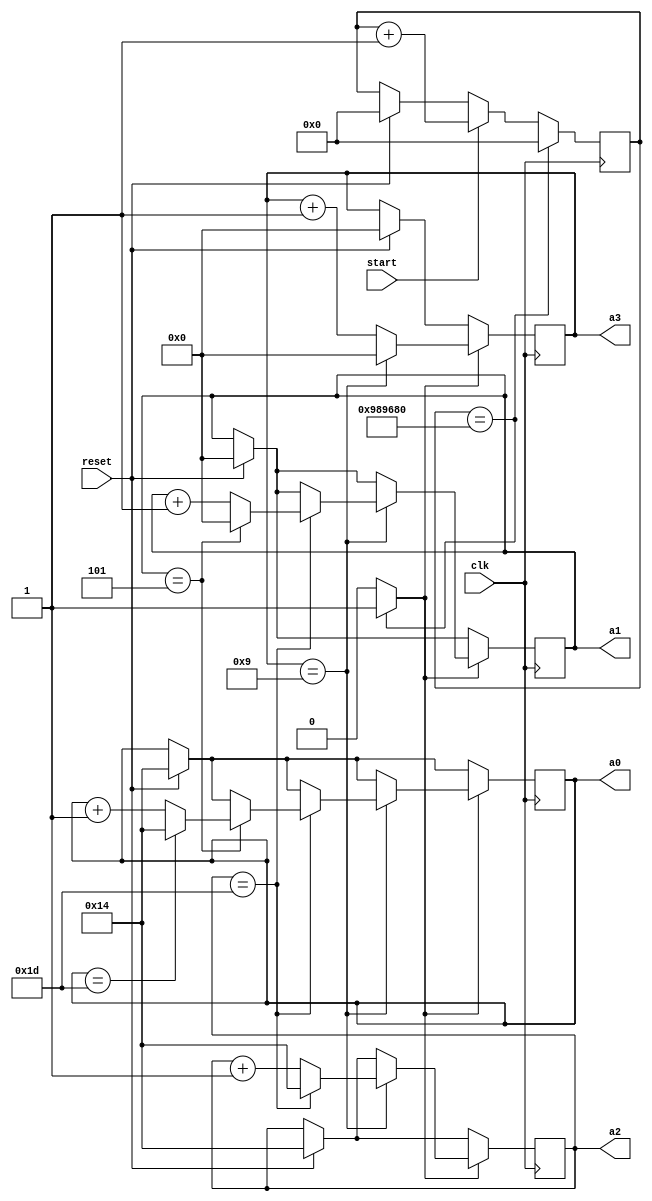
`timescale 1ns / 1ps

/*
    Simple stopwatch on the 7 segment display
    Use switch to start/stop the stopwatch, button to reset stopwatch
*/

module stopwatch(input clk, input start, input reset, output reg [4:0] a0 = 20, output reg [4:0] a1 = 0, output reg [4:0] a2 = 20, output reg [4:0] a3 = 0);
    reg [23:0] count = 0;
    wire tick;
    
    assign tick = (count == 10000000) ? 1 : 0;
    
    always @ (posedge clk) begin
        if (reset) begin
            count <= 0;
            a0 <= 20;
            a1 <= 0;
            a2 <= 20;
            a3 <= 0;
        end
    
        if (count == 10000000) begin // To get 0.1s
            count <= 0;
        end
        else if (start) begin
            count <= count + 1;
        end
        
        if (tick) begin
            if (a3 == 9) begin
                a3 <= 0;
                if (a2 == 29) begin
                    a2 <= 20;
                    if (a1 == 5) begin
                        a1 <= 0;
                        if (a0 == 29) begin
                            a0 <= 20;
                        end
                        else begin
                            a0 <= a0 + 1;
                        end
                    end
                    else begin
                        a1 <= a1 + 1;
                    end
                end
                else begin
                    a2 <= a2 + 1;
                end
            end
            else begin
                a3 <= a3 + 1;
            end
        end
        
    end
endmodule